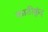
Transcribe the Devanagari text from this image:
काठीकुंद